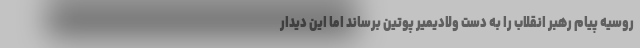
روسیه پیام رهبر انقلاب را به دست ولادیمیر پوتین برساند اما این دیدار